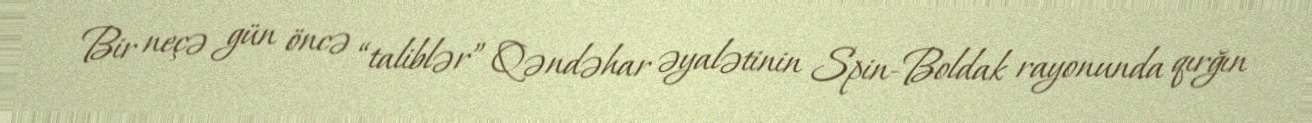
Bir neçə gün öncə “taliblər” Qəndəhar əyalətinin Spin-Boldak rayonunda qırğın